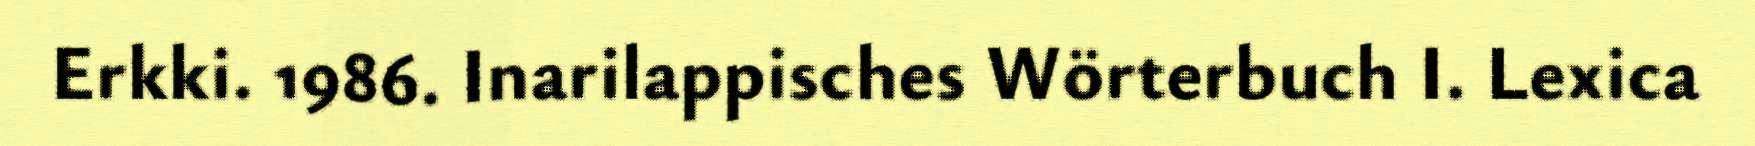
Erkki. 1986. Inarilappisches Wörterbuch I. Lexica